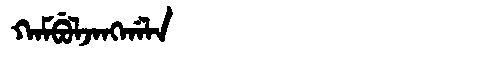
Manchu: ᡴᠠᠮᠪᡠᠯᠵᠠᠩᡤᠠᠯᠠ
Romanization: KAMBULJANGGALA